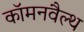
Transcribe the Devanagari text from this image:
कॉमनवैल्‍थ